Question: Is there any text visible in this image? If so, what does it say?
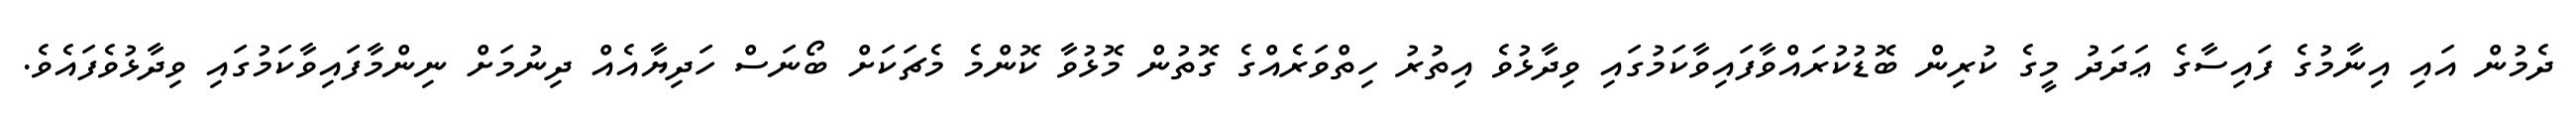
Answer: ދެމުން އައި އިނާމުގެ ފައިސާގެ ޢަދަދު މީގެ ކުރިން ބޮޑުކުރައްވާފައިވާކަމުގައި ވިދާޅުވެ އިތުރު ހިތްވަރެއްގެ ގޮތުން މޮޅުވާ ކޮންމެ މެޗަކަށް ބޯނަސް ހަދިޔާއެއް ދިނުމަށް ނިންމާފައިވާކަމުގައި ވިދާޅުވެފައެވެ.